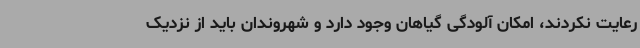
رعایت نکردند، امکان آلودگی گیاهان وجود دارد و شهروندان باید از نزدیک